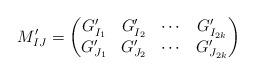
LaTeX: \begin{align*}M_{IJ}^\prime=\begin{pmatrix}G_{I_1}^\prime & G_{I_2}^\prime & \cdots & G_{I_{2k}}^\prime\\G_{J_1}^\prime & G_{J_2}^\prime & \cdots & G_{J_{2k}}^\prime\end{pmatrix}\end{align*}